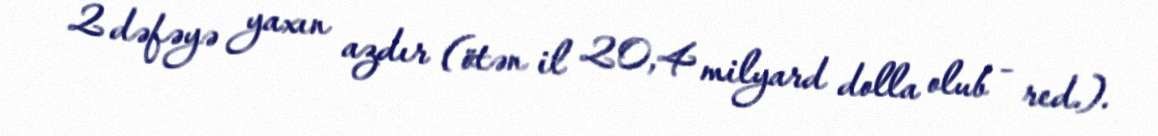
2 dəfəyə yaxın azdır (ötən il 20,4 milyard dolla olub - red.).